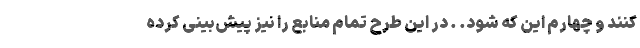
کنند و چهارم این که شود. . در این طرح تمام منابع را نیز پیش‌بینی کرده